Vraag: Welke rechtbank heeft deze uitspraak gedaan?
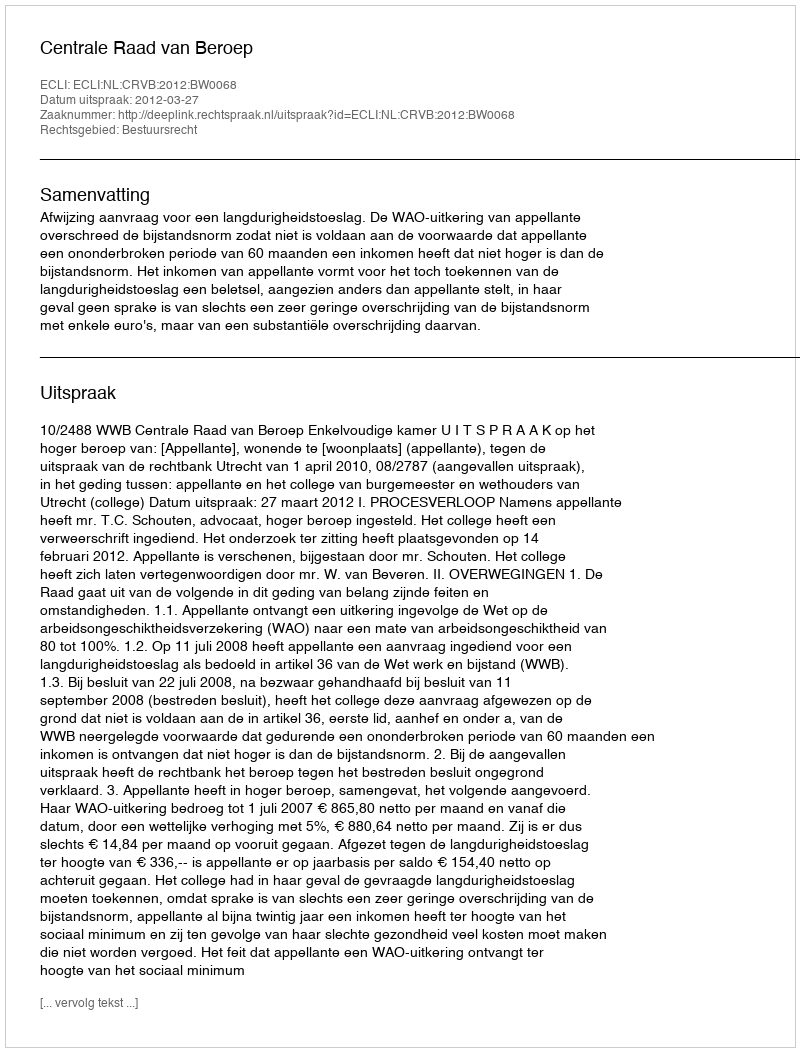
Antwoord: Centrale Raad van Beroep